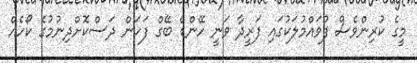
މީގެ ކުރިންވެސް ފުވައްމުލަކުގައި ފަރީދާ ވަނީ ހޭންޑް ބޭގް ފަހަން ދަސްކޮށްދިނުމުގެ ކޯހެއް